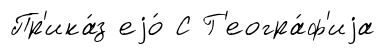
Пр'ика́з еjо́ С Г'еогра́ф'иjа